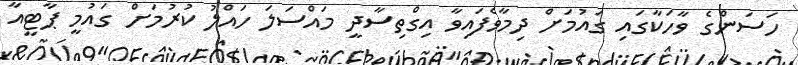
ހަސަންގެ ވާހަކާގައި ގައުމަށް ދިމާވެފައިވާ އިގްތިސާދީ މައްސަލަ ހައްލު ކުރުމަށް ގައުމީ ޕާޓީއާ